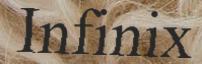
Infinix